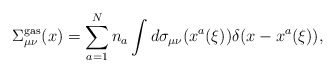
\begin{align*}\Sigma_{\mu\nu}^{\rm gas}(x)=\sum\limits_{a=1}^{N}n_a\int d\sigma_{\mu\nu}(x^a(\xi))\delta(x-x^a(\xi)),\end{align*}